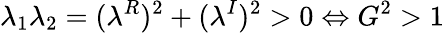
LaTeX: \lambda_{1}\lambda_{2}=(\lambda^{R})^{2}+(\lambda^{I})^{2}>0\Leftrightarrow G^{2}>1